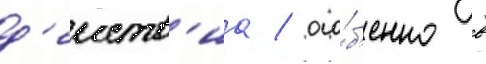
д'еиств'иа / осо́б'енно в